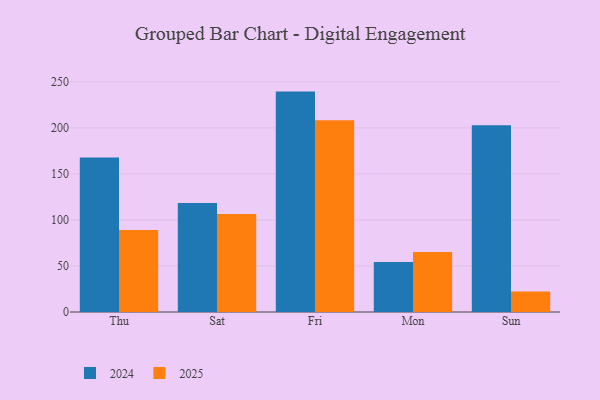
{"axis": {"x": "Day", "y": "Net Income (USD K)"}, "legend": ["2024", "2025"], "data": [{"x": "Thu", "y": 89.0, "type": "2025"}, {"x": "Thu", "y": 167.7, "type": "2024"}, {"x": "Sat", "y": 106.4, "type": "2025"}, {"x": "Sat", "y": 118.3, "type": "2024"}, {"x": "Fri", "y": 208.1, "type": "2025"}, {"x": "Fri", "y": 239.3, "type": "2024"}, {"x": "Mon", "y": 65.2, "type": "2025"}, {"x": "Mon", "y": 54.2, "type": "2024"}, {"x": "Sun", "y": 22.3, "type": "2025"}, {"x": "Sun", "y": 202.8, "type": "2024"}]}